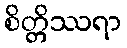
စိတ္တိဿရာ